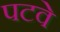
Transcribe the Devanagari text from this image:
पटवे